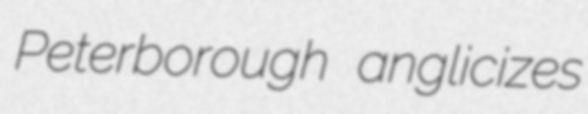
Peterborough anglicizes